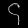
Digit: ၄